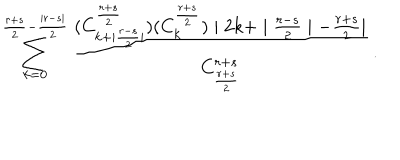
LaTeX: \sum _ { k = 0 } ^ { \frac { r + s } { 2 } - \frac { \mid r - s \mid } { 2 } } \frac { ( C _ { k + \mid \frac { r - s } { 2 } \mid } ^ { \frac { r + s } { 2 } } ) ( C _ { k } ^ { \frac { r + s } { 2 } } ) \mid 2 k + \mid \frac { r - s } { 2 } \mid - \frac { r + s } { 2 } \mid } { C _ { \frac { r + s } { 2 } } ^ { r + s } } \, .